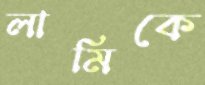
লামিকে